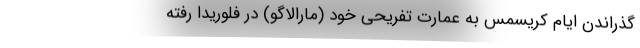
گذراندن ایام کریسمس به عمارت تفریحی خود (مارالاگو) در فلوریدا رفته